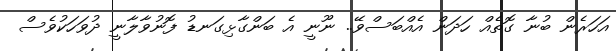
އަހަރެން ބުނާ ގޮތެއް ހަދަން އެއްބަސްވޭ.. ނޫނީ އެ ބަންގާޅިގަނޑު ފޮނުވާލާނީ ދުވަހަކުވެސް